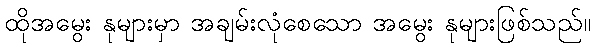
ထိုအမွေး နုများမှာ အချမ်းလုံစေသော အမွေး နုများဖြစ်သည်။